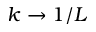
k \rightarrow 1 / L